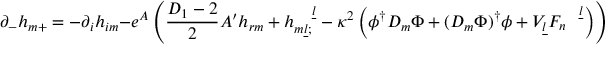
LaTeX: \partial _ { - } h _ { m + } = - \partial _ { i } h _ { i m } - e ^ { A } \left( \frac { D _ { 1 } - 2 } { 2 } A ^ { \prime } h _ { r m } + h _ { m \underline { { l } } ; } ^ { \quad \underline { { l } } } - \kappa ^ { 2 } \left( \phi ^ { \dagger } D _ { m } \Phi + ( D _ { m } \Phi ) ^ { \dagger } \phi + V _ { \underline { { l } } } F _ { n } ^ { \quad \underline { { l } } } \right) \right) ~ .